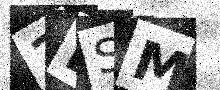
Text: 2BSM